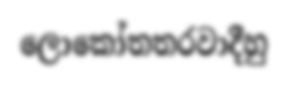
ලොකෝතතරවාදීහු